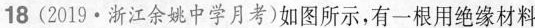
18 (2019·浙江余姚中学月考)如图所示，有一根用绝缘材料